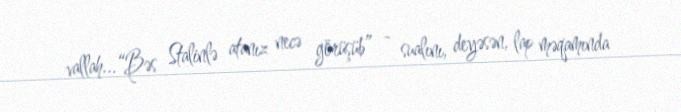
vallah...“Bəs Stalinlə atanız necə görüşüb” - sualını, deyəsən, lap məqamında